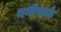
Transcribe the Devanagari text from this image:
बनीपार्क